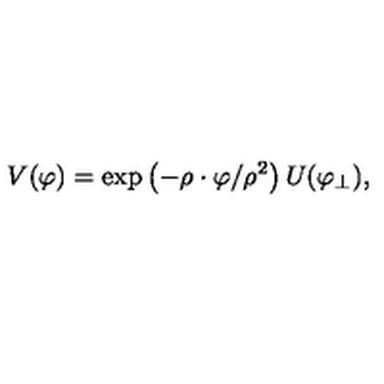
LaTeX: V ( \varphi ) = \exp \left( - \rho \cdot \varphi / \rho ^ { 2 } \right) U ( \varphi _ { \perp } ) ,